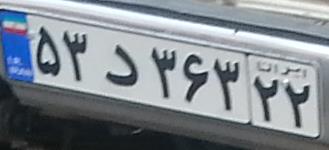
۵۳د۳۶۳۲۲